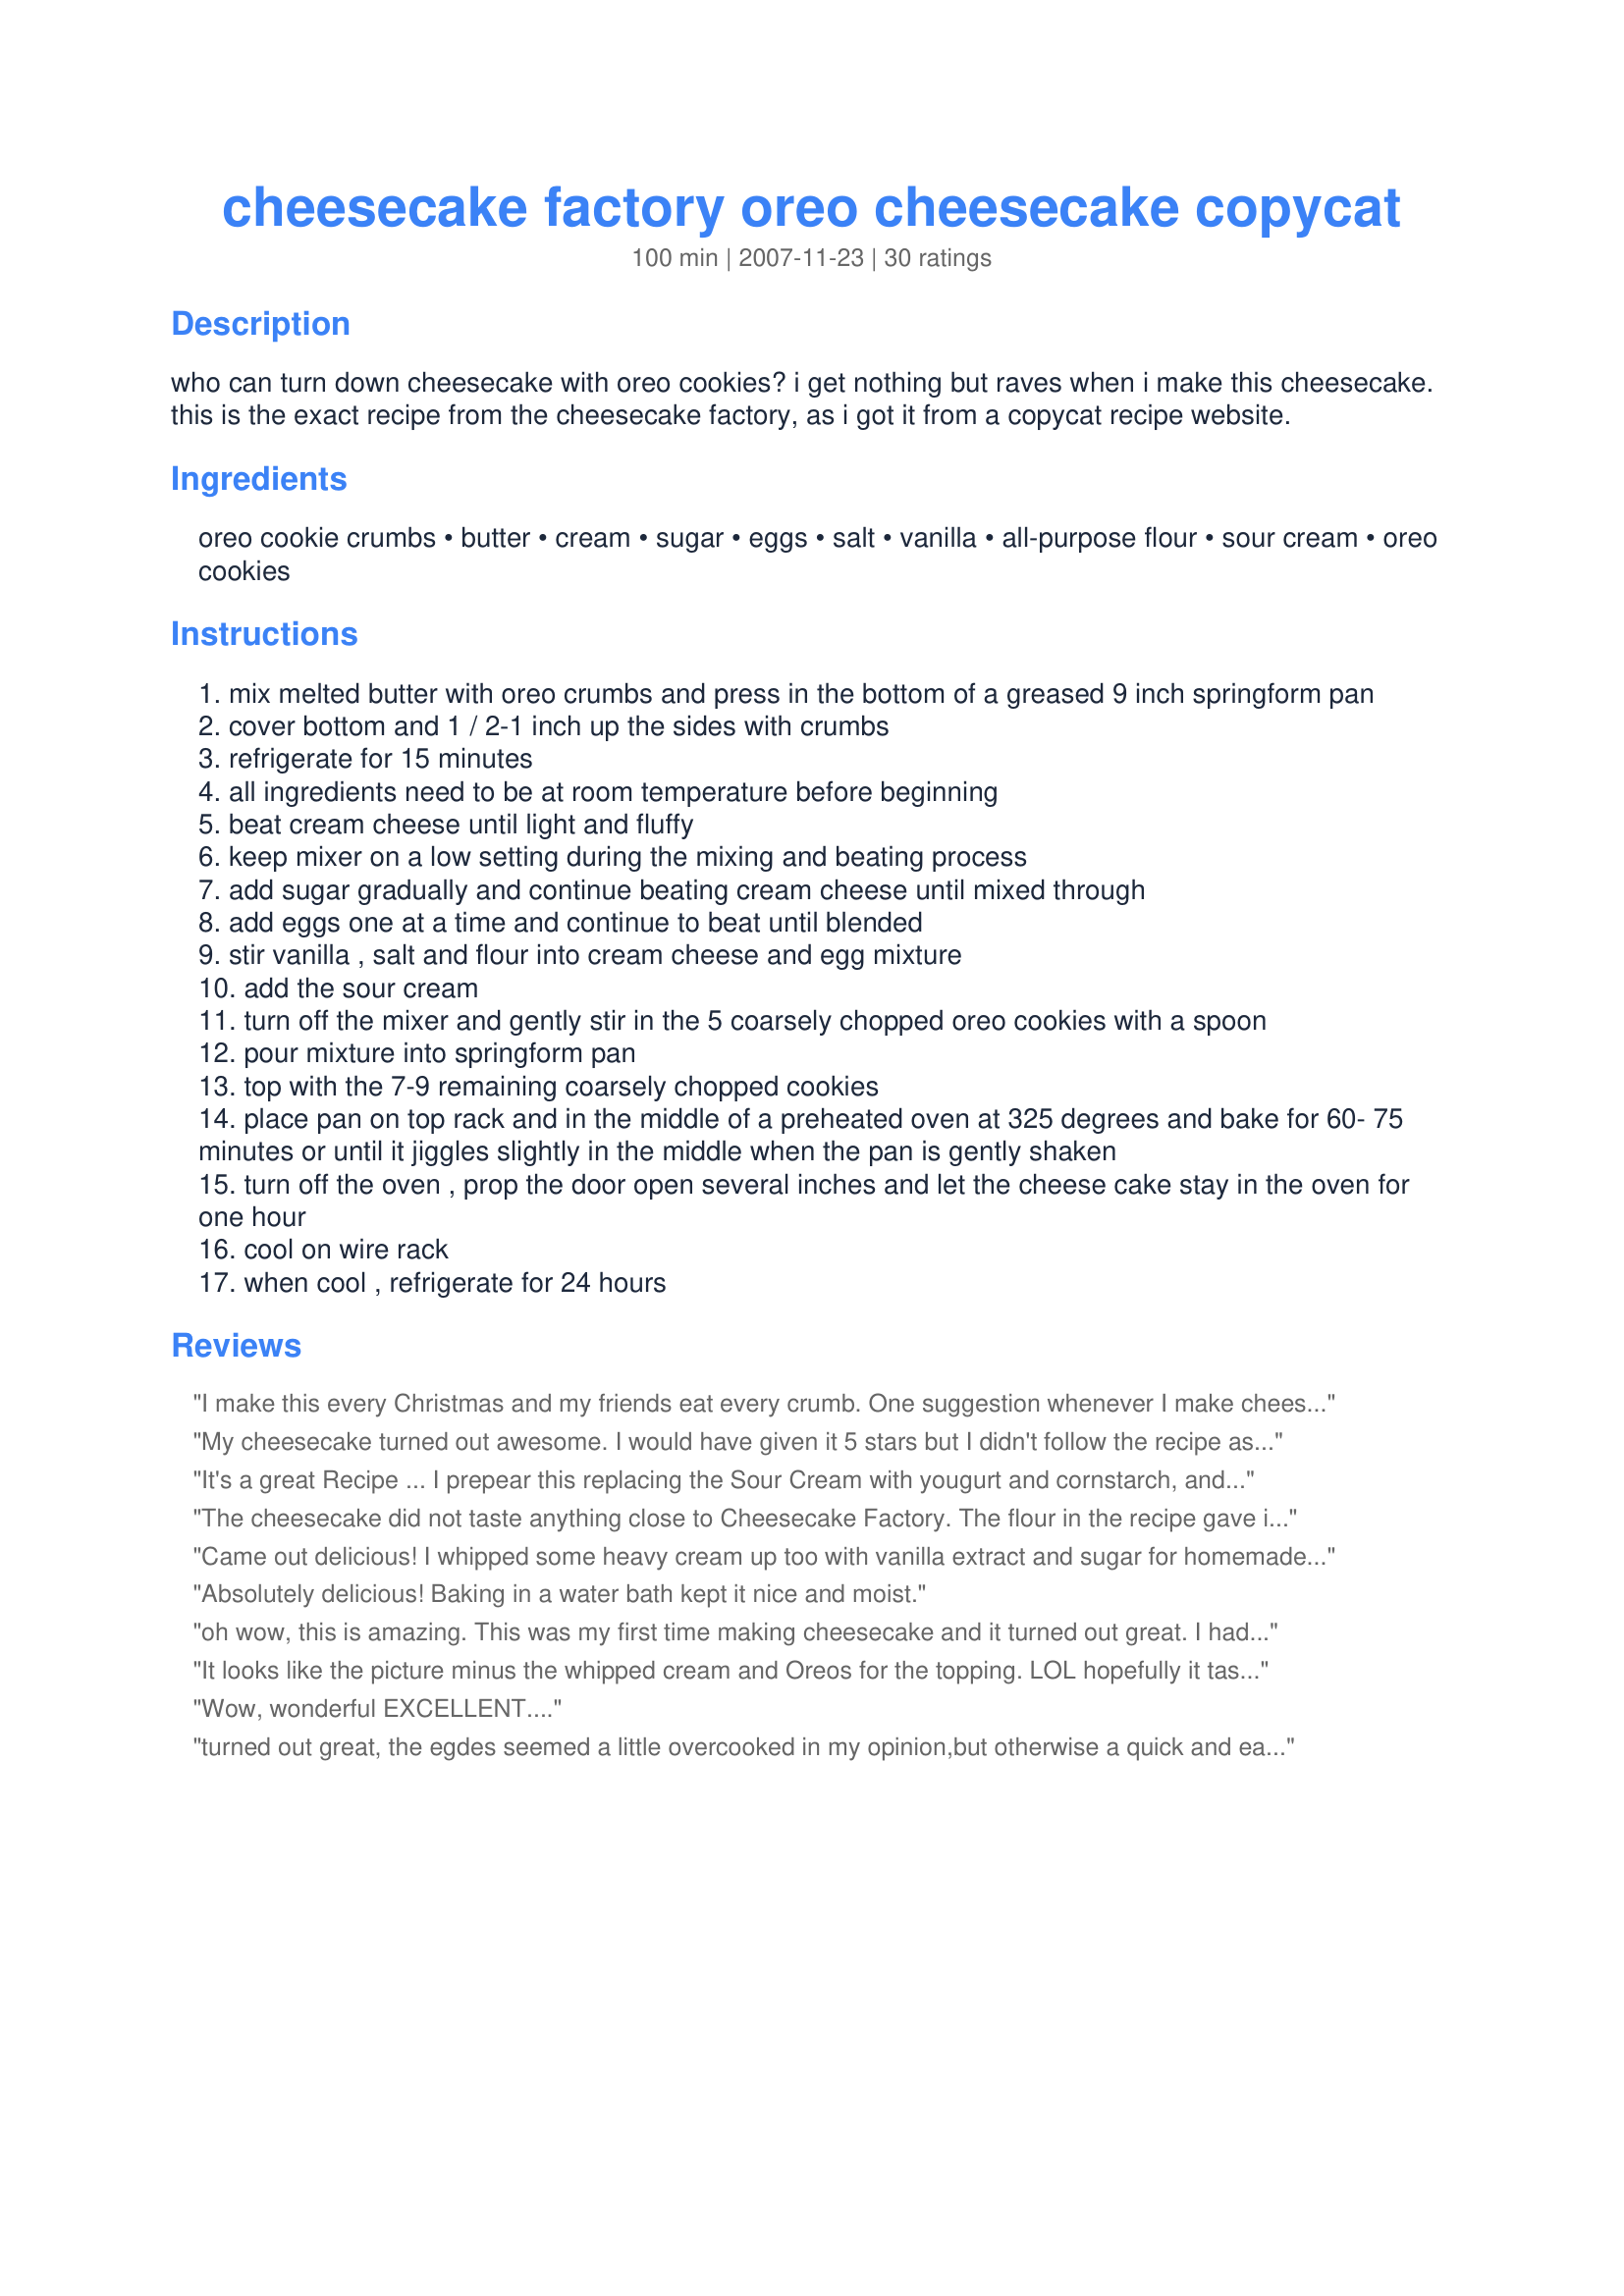
cheesecake factory oreo cheesecake copycat
Preparation time: 100 minutes

who can turn down cheesecake with oreo cookies? i get nothing but raves when i make this cheesecake. this is the exact recipe from the cheesecake factory, as i got it from a copycat recipe website.

Ingredients:
oreo cookie crumbs, butter, cream, sugar, eggs, salt, vanilla, all-purpose flour, sour cream, oreo cookies

Steps:
mix melted butter with oreo crumbs and press in the bottom of a greased 9 inch springform pan
cover bottom and 1 / 2-1 inch up the sides with crumbs
refrigerate for 15 minutes
all ingredients need to be at room temperature before beginning
beat cream cheese until light and fluffy
keep mixer on a low setting during the mixing and beating process
add sugar gradually and continue beating cream cheese until mixed through
add eggs one at a time and continue to beat until blended
stir vanilla , salt and flour into cream cheese and egg mixture
add the sour cream
turn off the mixer and gently stir in the 5 coarsely chopped oreo cookies with a spoon
pour mixture into springform pan
top with the 7-9 remaining coarsely chopped cookies
place pan on top rack and in the middle of a preheated oven at 325 degrees and bake for 60- 75 minutes or until it jiggles slightly in the middle when the pan is gently shaken
turn off the oven , prop the door open several inches and let the cheese cake stay in the oven for one hour
cool on wire rack
when cool , refrigerate for 24 hours

Reviews:
I make this every Christmas and my friends eat every crumb. One suggestion whenever I make cheesecake I refrigerate it for at least 24 hours before serving. It gives the flavors a chance to meld together and it tastes much better.
My cheesecake turned out awesome. I would have given it 5 stars but I didn't follow the recipe as written- and I used gluten free &quot;Oreos&quot; because I'm a celiac. I didn't read the reviews before hand- but when I looked at the recipe and saw that it called for 5 eggs and only 1.5 lbs of cream cheese, it raised an eyebrow. Most cheesecake recipes call for 4-5 blocks of cream cheese. So 1.5 lbs, which is only 3 blocks didn't seem right to me. With 5 eggs, if you don't add that extra block of cheese your cheesecake will come out too custardy- which is what I saw several other reviewers unhappy with. 5 eggs is the usual amount I'm used to using. I also omitted the flour and instead used cornstarch- 3 tbs to be exact. I only used the roughly chopped Oreos in the center of the cake too because I prefer to top my cheesecakes with fresh whipped cream- chopped Oreos go on top for the crunch factor. Anyways- if you try this recipe....definitely plan on using 4 blocks of cream cheese (2lbs). It will make a huge difference.
It's a great Recipe ... I prepear this replacing the Sour Cream with yougurt and cornstarch, and It was really great :-D.

www.breadcookies.com.ar
The cheesecake did not taste anything close to Cheesecake Factory. The flour in the recipe gave it a strange taste. I could actually taste the flour in the finished product. My family would not eat it. And yes I did follow the recipe exactly. I would not recommend this recipe.
Came out delicious! I whipped some heavy cream up too with vanilla extract and sugar for homemade whipped cream!
Absolutely delicious! Baking in a water bath kept it nice and moist.
oh wow, this is amazing. This was my first time making cheesecake and it turned out great. I had no idea how easy it was to make one. I made this for the hubs' birthday. Thanks for posting!
It looks like the picture minus the whipped cream and Oreos for the topping. LOL hopefully it tastes as good as it looks so it gets 5 stars now!
Wow, wonderful EXCELLENT....
turned out great, the egdes seemed a little overcooked in my opinion,but otherwise a quick and easy recipe. would definitely make it again
So will this still turn out ok if it isn’t in the refrigerator a full 24 hours??
Anytime that I make recipes that call for Oreos for the crust, I use chocolate Graham crackers it works way better than Oreos bc theres no cream filling. Also they are cheaper than Oreos especially when you get the store brand.
Two of my favorite things. I can't wait to try it!
I'm not sure what happened but this turned into spongy bread. I followed the recipe exactly but this was a no go. I will attempt it again.
Great recipe, family enjoyed it. Tad bit on the dry side for my taste, but overall, a definite crowd pleaser
We loved this cheesecake! My husband isn't a huge fan of sweets really liked this one..We all felt it wasn't too sweet..can you really go wrong with oreo's and cheesecake together?? :) YUMMM!!
I love it and my family loves it. We thought it tasted just as good as the Cheesecake Factory, and was the perfect texture. For any of you struggling with this recipe I suggest that you remove the cream from the Oreo and it should come out just fine.
Lovely recipe, but I won't be making it again without a baking tray underneath the pan. The oreo filling leaked out of the spring-form. (If I had any sense, I would have read the reviews before making and then known about this issue)
this got raves from family and friends, i thought it was a little on the eggy side.
I made an account just to review this recipe. Do not attempt. I love making cheesecake and followed the recipe TO THE LETTER and still ended up with an absolute mess. The edges were overdone, the filling in the cookies caused the crust to melt through the bottom of the pan and fill my kitchen with smoke, and the center collapsed as it was cooling in the oven. I checked on the cheesecake at 60 minutes, jiggled it around and noticed that it was still practically uncooked in the center and even extending almost to the edges, so I kept it in the oven for an additional 10-15 minutes. Mistake. Do not waste your time. I will be making my tried and true NY Style cheesecake for my boyfriend&#039;s 30th birthday party instead.
The oreos give a nice texture and flavor. I served at a dinner party and everyone raved about it.
Excellent! Made it just as the recipe stated and it turned out great. Just a note..I learned this the hard way with another recipe that called for an Oreo crust. Do not use the Double Stuff Oreos for a crust. The "stuff" is mainly sugar and shortening. When I baked the crust, the fat in the "stuff" melted and dripped out of my springform pan onto the bottom of the oven, smoking up the house. Regular Oreos work just fine.
not as sweet, but just as rich. first time trying, but won't be the last time serving it! I do need to keep in mind to scrape bowl closer to get all the cream cheese.
Very rich and delicious! A little goes a long way. Family loved it!
After posting to my Instagram, I had friends purchase it and another purchased for his birthday! Reviews were great!
this recipe is great! there is a trick to making the crust though, take all the filling out of the oreo and just use the cookies put them in a food processor make sure its all finely chopped, use butter and mix it with the chopped oreo till it feels like a pasty mix. you'll have an easier time to put it around the spring foam pan. other than that i've been getting nothing but this cheesecake is so good whered u get it haha!
Didn&#039;t taste anything like the cheesecake factory one...
HUGE dissapointment and like someone else wrote, very &quot;egg-like&quot; in the texture... Too fluffy and not creamy at all like cheesecakes are supposed to be.
Didn&#039;t even taste like a dessert and definitely not like a cheesecake at all!

Was making it for my family but wont be able to serve it.... And yes, I followed the Recipe exactly!!
Wow, is this delicious! I haven't tried the actual Cheesecake Factory one, but I can't imagine it being much better than this! I prepared it exactly as directed, and all I can say is that it turned out perfectly!
great cheesecake chocolate mini chip salted caramel
I followed this recipe step by step and did not like the outcome. If you have ever had the Oreo Cheesecake from Cheesecake Factory, you too would know this is a sad distant version in taste. The flour is not necessary and adds a flavor to the cheesecake that should not be there. The sugar is cut down in the &quot;copycat&quot; and the amount of oreo&#039;s needed for the cheesecake is far less than what it should be, including the crust. It could be much thicker, and use close to, if not double the amount to make sure there is enough crust for the bottom, as well as the sides. &lt;br/&gt;If your looking for a cheesecake that is not sweet that has a hint of oreo and a hint of cheesecake, then this is for you. If your looking for a &quot;copycat&quot; similar to the Cheesecake Factory- this is NO WHERE close.
